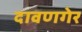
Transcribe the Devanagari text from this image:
दावणगेर